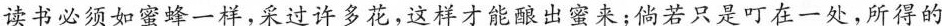
读书必须如蜜蜂一样，采过许多花，这样才能酿出蜜来；倘若只是叮在一处，所得的